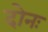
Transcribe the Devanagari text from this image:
दोनः